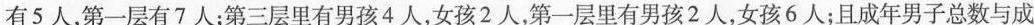
有5人，第一层有7人；第三层里有男孩4人，女孩2人，第一层里有男孩2人，女孩6人；且成年男子总数与成